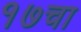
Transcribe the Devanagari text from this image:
१७चा